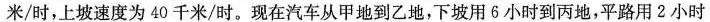
米/时，上坡速度为40千米/时。现在汽车从甲地到乙地，下坡用6小时到丙地，平路用2小时